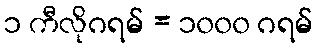
၁ ကီလိုဂရမ် = ၁၀၀၀ ဂရမ်